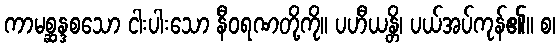
ကာမစ္ဆန္ဒစသော ငါးပါးသော နီဝရဏတို့ကို။ ပဟီယန္တိ၊ ပယ်အပ်ကုန်၏။ စ၊